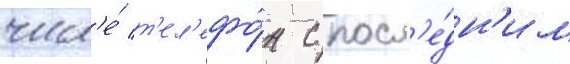
числ'е́ т'ел'ефо́н с посл'е́дн'им